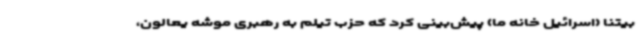
بیتنا (اسرائیل خانه ما) پیش‌بینی کرد که حزب تیلم به رهبری موشه یعالون،